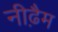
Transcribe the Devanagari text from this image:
नीढ़ैम